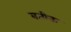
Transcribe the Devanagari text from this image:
बतीक